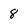
Character: 8